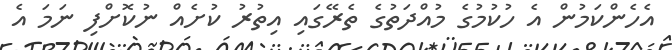
އެހެންކަމުން އެ ހުކުމުގެ މުއްދަތުގެ ތެރޭގައި އިތުރު ކުށެއް ނުކޮށްފި ނަމަ އެ